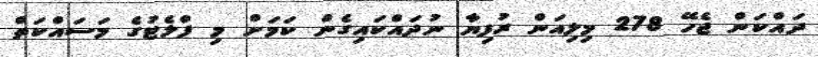
ދައްކަން ޖެހޭ 278 މިލިއަން ރުފިޔާ ނުދައްކައިގެން ކަމަށް މި ފްލެޓުގެ މަސައްކަތް